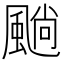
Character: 𩗵